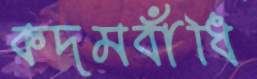
কদমবাঁধি